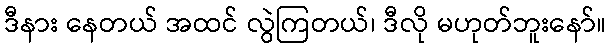
ဒီနား နေတယ် အထင် လွဲကြတယ်၊ ဒီလို မဟုတ်ဘူးနော်။